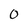
Character: 0